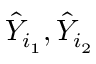
\hat { Y } _ { i _ { 1 } } , \hat { Y } _ { i _ { 2 } }